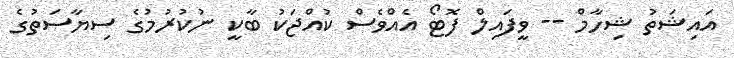
އައިޝަތު ޝިހާމް -- ވީފައިލް ފޮޓޯ އެއްވެސް ކުއްޖަކު ބާކީ ނުކުރުމުގެ ސިޔާސަތުގެ